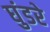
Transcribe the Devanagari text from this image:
घुंडरे